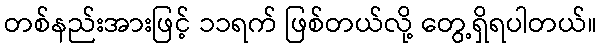
တစ်နည်းအားဖြင့် ၁၁ရက် ဖြစ်တယ်လို့ တွေ့ရှိရပါတယ်။